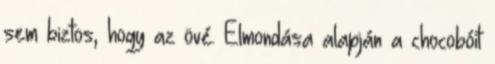
sem biztos, hogy az övé. Elmondása alapján a chocobóit